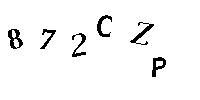
872CZP